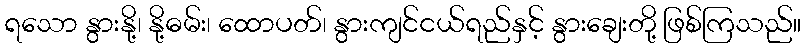
ရသော နွားနို့၊ နို့ဓမ်း၊ ထောပတ်၊ နွားကျင်ငယ်ရည်နှင့် နွားချေးတို့ ဖြစ်ကြသည်။